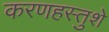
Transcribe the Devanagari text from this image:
करणहस्तुशे